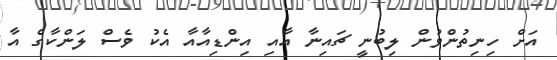
އަށް ހިނިތުންވުން ލިބުނީ ޗައިނާ އާއި އިންޑިއާއާ އެކު ވެސް ލަންކާގެ އާ